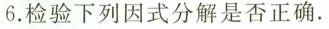
6.检验下列因式分解是否正确。